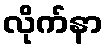
လိုက်နာ